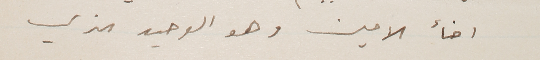
اخأ الامين وهو الوحيد الذي